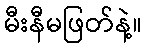
မီးနီမဖြတ်နဲ့။